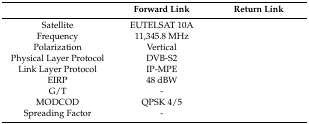
<table><thead><tr><td>[EMPTY_CELL]</td><td><b>Forward Link</b></td><td><b>Return Link</b></td></tr></thead><tbody><tr><td>Satellite</td><td>EUTELSAT 10A</td><td>[EMPTY_CELL]</td></tr><tr><td>Frequency</td><td>11,345.8 MHz</td><td>[EMPTY_CELL]</td></tr><tr><td>Polarization</td><td>Vertical</td><td>[EMPTY_CELL]</td></tr><tr><td>Physical Layer Protocol</td><td>DVB-S2</td><td>[EMPTY_CELL]</td></tr><tr><td>Link Layer Protocol</td><td>IP-MPE</td><td>[EMPTY_CELL]</td></tr><tr><td>EIRP</td><td>48 dBW</td><td>[EMPTY_CELL]</td></tr><tr><td>G/T</td><td>-</td><td>[EMPTY_CELL]</td></tr><tr><td>MODCOD</td><td>QPSK 4/5</td><td>[EMPTY_CELL]</td></tr><tr><td>Spreading Factor</td><td>-</td><td>[EMPTY_CELL]</td></tr></tbody></table>